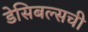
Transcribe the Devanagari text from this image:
डेसिबल्सची